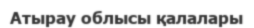
Атырау облысы қалалары